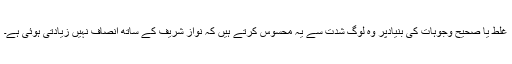
غلط یا صحیح وجوہات کی بنیادپر وہ لوگ شدت سے یہ محسوس کرتے ہیں کہ نواز شریف کے ساتھ انصاف نہیں زیادتی ہوئی ہے۔